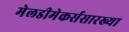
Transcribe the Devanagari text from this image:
मेलडीमेकर्ससारख्या